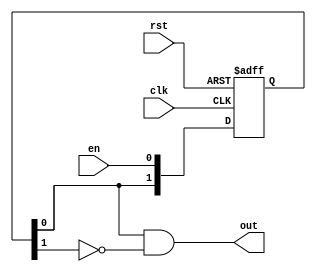
`timescale 1ns / 1ps
//////////////////////////////////////////////////////////////////////////////////
// Company: 
// Engineer: 
// 
// Design Name: 
// Module Name:    reg 
// Project Name: 
// Target Devices: 
// Tool versions: 
// Description: 
//
// Dependencies: 
//
// Revision: 
// Revision 0.01 - File Created
// Additional Comments: 
//
//////////////////////////////////////////////////////////////////////////////////
module red(  input clk, input rst, input en,
					output out
    );
reg[1:0] tmp;

always @(posedge clk, posedge rst)
begin
	if(rst)
		tmp <= 2'b0;
	else begin
		tmp[0] <= en;
		tmp[1] <= tmp[0];
	end
end

assign out = tmp[0] && ~tmp[1];

endmodule